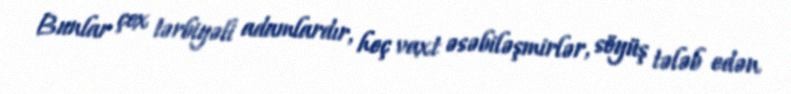
Bunlar çox tərbiyəli adamlardır, heç vaxt əsəbiləşmirlər, söyüş tələb edən